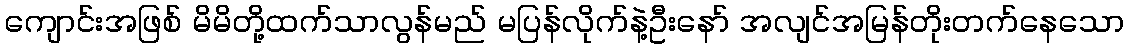
ကျောင်းအဖြစ် မိမိတို့ထက်သာလွန်မည် မပြန်လိုက်နဲ့ဦးနော် အလျင်အမြန်တိုးတက်နေသော